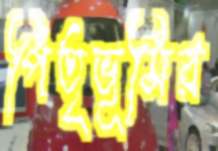
পিতৃভূমির